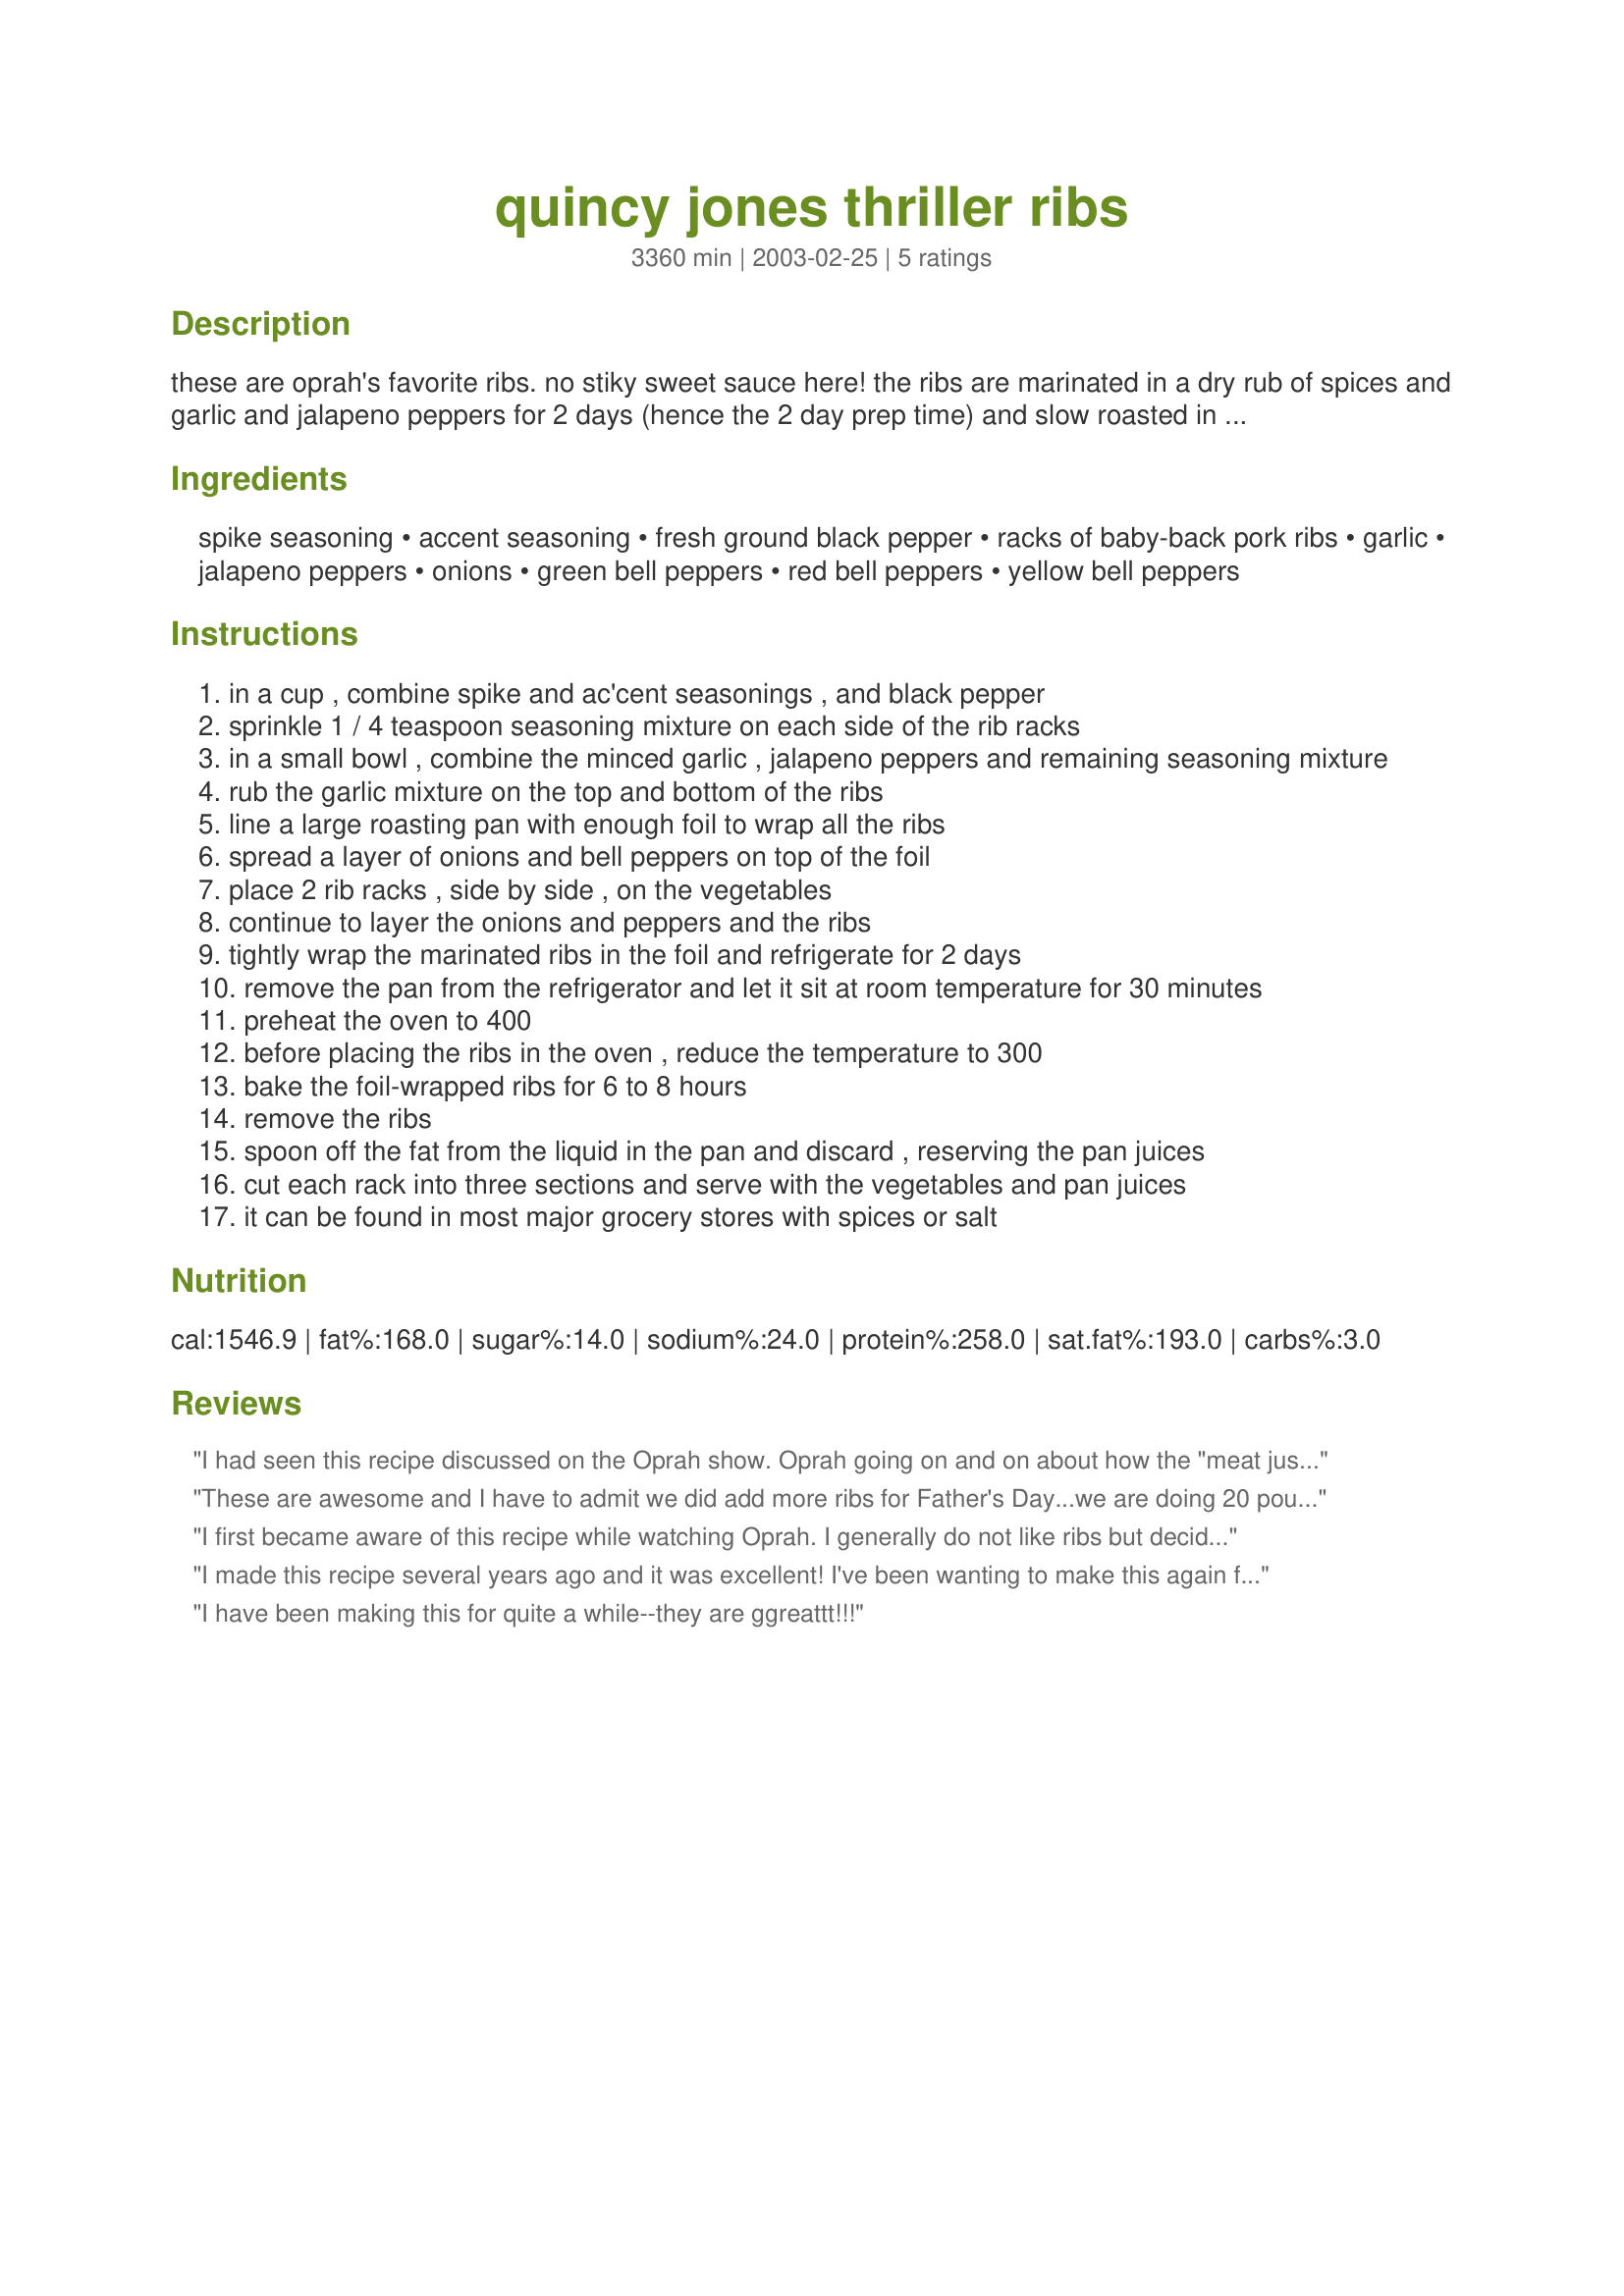
quincy jones thriller ribs
Preparation time: 3360 minutes

these are oprah's favorite ribs. no stiky sweet sauce here! the ribs are marinated in a dry rub of spices and garlic and jalapeno peppers for 2 days (hence the 2 day prep time) and slow roasted in a low oven for 8 hours.

Ingredients:
spike seasoning, accent seasoning, fresh ground black pepper, racks of baby-back pork ribs, garlic, jalapeno peppers, onions, green bell peppers, red bell peppers, yellow bell peppers

Steps:
in a cup , combine spike and ac'cent seasonings , and black pepper
sprinkle 1 / 4 teaspoon seasoning mixture on each side of the rib racks
in a small bowl , combine the minced garlic , jalapeno peppers and remaining seasoning mixture
rub the garlic mixture on the top and bottom of the ribs
line a large roasting pan with enough foil to wrap all the ribs
spread a layer of onions and bell peppers on top of the foil
place 2 rib racks , side by side , on the vegetables
continue to layer the onions and peppers and the ribs
tightly wrap the marinated ribs in the foil and refrigerate for 2 days
remove the pan from the refrigerator and let it sit at room temperature for 30 minutes
preheat the oven to 400
before placing the ribs in the oven , reduce the temperature to 300
bake the foil-wrapped ribs for 6 to 8 hours
remove the ribs
spoon off the fat from the liquid in the pan and discard , reserving the pan juices
cut each rack into three sections and serve with the vegetables and pan juices
it can be found in most major grocery stores with spices or salt

Reviews:
I had seen this recipe discussed on the Oprah show. Oprah going on and on about how the "meat just falls off the bone" made my mouth water and I have been wanting to try the recipe since. So I has very happy to find the recipe here.

I made two slabs, each cut in half, and wrapped them seperatly in foil as Oparh had reccommened.

My buddy and I each ate one slab while watching football and we were growling like dogs! We both could have easily eating much more. These were so good I can't find words to describe how tender and tasty these ribs are.

There was so much flavor! Not over powering in hotness or spices. Just right.

Tip #1: Make sure the ribs are wrapped tightly in the foil and maybe even double wrapped. Mine leaked while cooking and the 6-8 hour cooking time ruined one of my non-stick pans I had the foil wrapped ribs in. But even though the extra juice leaked out the ribs were not dry by any means.

Tip #2: If you are a rib lover make at least 2 slabs per person. They are that good!
These are awesome and I have to admit we did add more ribs for Father's Day...we are doing 20 pounds total...we did about 10 pounds the first time but since we are having company on Sunday thought better make plenty...I didn't have any leakage or anything but what I did was wrapped in foil and put in fopil pan then we put the foil pan in a stainless steel pan...and cooked them 8 hours
I first became aware of this recipe while watching Oprah. I generally do not like ribs but decided to give these a try. My son is not a fan of peppers (I slice them super fine with a mandolin type product) but he loves these ribs. The ribs are delicious!!! And they are without barbque sauce which intially seemed a little strange to me. I,too, wrap each slab individually. Something about the blend of ingredients makes this better than any grilled rib I've ever had (and I LOVE to grill)!
I made this recipe several years ago and it was excellent! I've been wanting to make this again for a while now and couldn't find my recipe. Then I thought, duh, it must be on Recipezaar/Food.com! I'm so glad I found it! Thank you so much!
I have been making this for quite a while--they are ggreattt!!!
